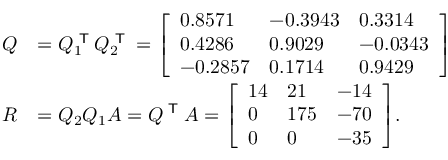
{ \begin{array} { r l } { Q } & { = Q _ { 1 } ^ { \textsf { T } } Q _ { 2 } ^ { \textsf { T } } = { \left[ \begin{array} { l l l } { 0 . 8 5 7 1 } & { - 0 . 3 9 4 3 } & { 0 . 3 3 1 4 } \\ { 0 . 4 2 8 6 } & { 0 . 9 0 2 9 } & { - 0 . 0 3 4 3 } \\ { - 0 . 2 8 5 7 } & { 0 . 1 7 1 4 } & { 0 . 9 4 2 9 } \end{array} \right] } } \\ { R } & { = Q _ { 2 } Q _ { 1 } A = Q ^ { \textsf { T } } A = { \left[ \begin{array} { l l l } { 1 4 } & { 2 1 } & { - 1 4 } \\ { 0 } & { 1 7 5 } & { - 7 0 } \\ { 0 } & { 0 } & { - 3 5 } \end{array} \right] } . } \end{array} }